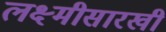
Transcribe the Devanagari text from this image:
लक्ष्मीसारखी